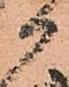
か